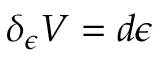
\delta _ { \epsilon } V = d \epsilon